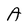
Character: A